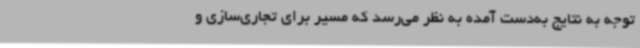
توجه به نتایج به‌دست آمده به نظر می‌رسد که مسیر برای تجاری‌سازی و